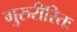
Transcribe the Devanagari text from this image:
गुरुरीरितः